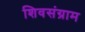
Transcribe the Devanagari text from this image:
शिवसंग्राम